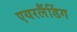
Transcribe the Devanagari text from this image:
एयरलैंडिंग